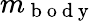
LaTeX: m_{\mathrm{~b~o~d~y~}}